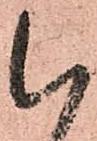
以